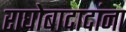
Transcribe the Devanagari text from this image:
राघोबादादांना